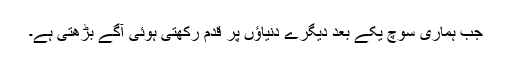
جب ہماری سوچ یکے بعد دیگرے دنیاؤں پر قدم رکھتی ہوئی آگے بڑھتی ہے۔